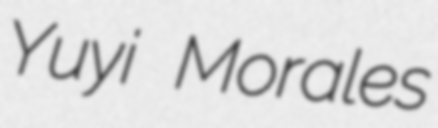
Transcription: Yuyi Morales